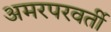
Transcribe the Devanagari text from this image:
अमरपरवर्ती